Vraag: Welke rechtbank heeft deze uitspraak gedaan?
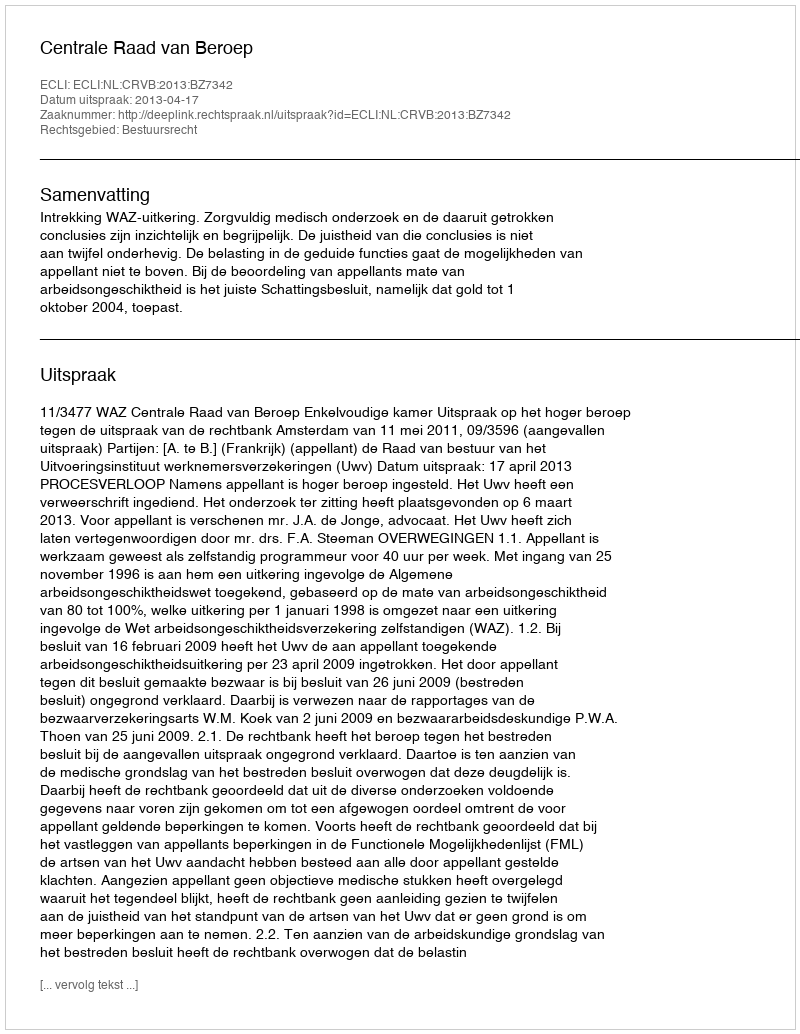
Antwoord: Centrale Raad van Beroep